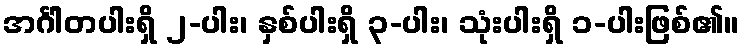
အင်္ဂါတပါးရှိ ၂-ပါး၊ နှစ်ပါးရှိ ၃-ပါး၊ သုံးပါးရှိ ၁-ပါးဖြစ်၏။